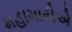
મહામારીએ